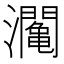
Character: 𤄡